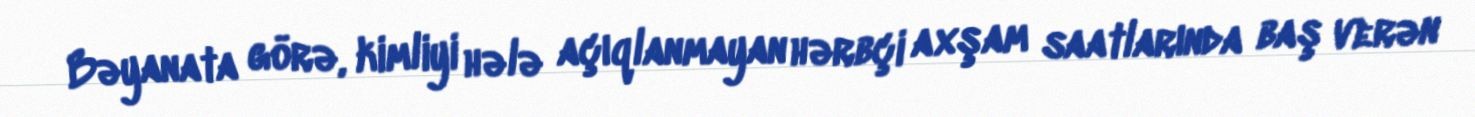
Bəyanata görə, kimliyi hələ açıqlanmayan hərbçi axşam saatlarında baş verən